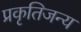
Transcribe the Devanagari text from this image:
प्रकृतिजन्य